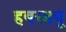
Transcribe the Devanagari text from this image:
हबरड्यू